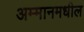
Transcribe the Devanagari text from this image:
अम्मानमधील